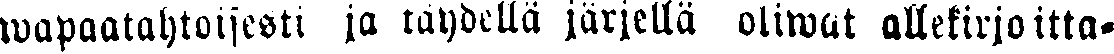
wapaaehtoisesti ja täydellä järjellä oliwat allekirjoitta-